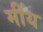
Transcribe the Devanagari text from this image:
मींय